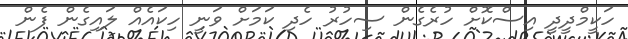
ހަކީމްދީދީ އިސްކޮށް ހުރެގެން ސިހުރު ހެދި ކަމަށް ވަނީ ހިކައެއް ލައިގެން ފެން